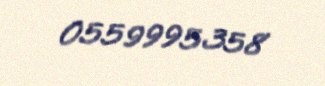
0559995358